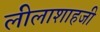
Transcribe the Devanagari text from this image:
लीलाशाहजी